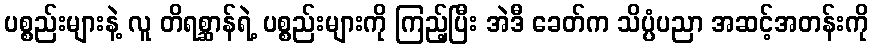
ပစ္စည်းများနဲ့ လူ တိရစ္ဆာန်ရဲ့ ပစ္စည်းများကို ကြည့်ပြီး အဲဒီ ခေတ်က သိပ္ပံပညာ အဆင့်အတန်းကို